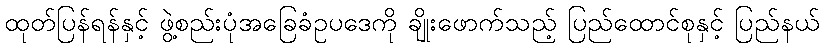
ထုတ်ပြန်ရန်နှင့် ဖွဲ့စည်းပုံအခြေခံဥပဒေကို ချိုးဖောက်သည့် ပြည်ထောင်စုနှင့် ပြည်နယ်